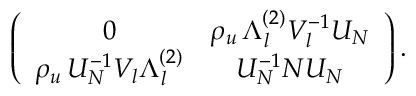
\left( \begin{array} { c c } { { 0 } } & { { \rho _ { u } \, \Lambda _ { l } ^ { ( 2 ) } { \cal V } _ { l } ^ { - 1 } { \cal U } _ { N } } } \\ { { \rho _ { u } \, { \cal U } _ { N } ^ { - 1 } { \cal V } _ { l } \Lambda _ { l } ^ { ( 2 ) } } } & { { { \cal U } _ { N } ^ { - 1 } N { \cal U } _ { N } } } \end{array} \right) .